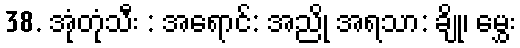
38. အုံတုံသီး : အရောင်: အညို အရသာ: ချို၊ မွှေး